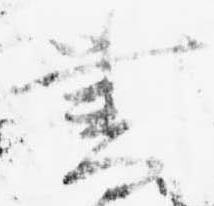
書